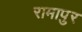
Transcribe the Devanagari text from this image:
रामापुर